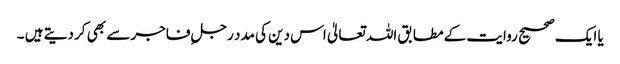
یا ایک صحیح روایت کے مطابق اللہ تعالیٰ اس دین کی مدد رجلِ فاجر سے بھی کر دیتے ہیں ۔